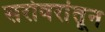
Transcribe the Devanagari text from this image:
सरोवरांतून